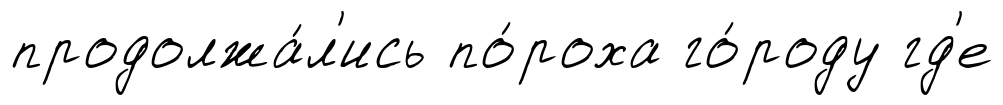
продолжа́л'ись по́роха го́роду гд'е